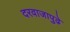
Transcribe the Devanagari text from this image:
दरवाजापुढे